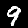
Digit: 9